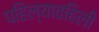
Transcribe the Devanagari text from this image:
पहिल्यावहिली